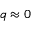
q \approx 0